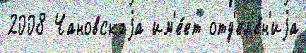
2008 Чановскаjа им'е́ет отд'ел'е́н'иjа